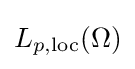
{\textstyle L_{p,{\text{loc}}}(\Omega )}